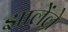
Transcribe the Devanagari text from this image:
झालेंले